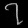
Digit: ၇